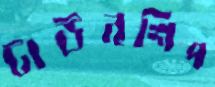
টাউনশিপ